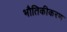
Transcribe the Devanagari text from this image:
भौतिकीकरण